Annual report of lunatic asylums [Bombay] - 1912-1922
Year: 1912
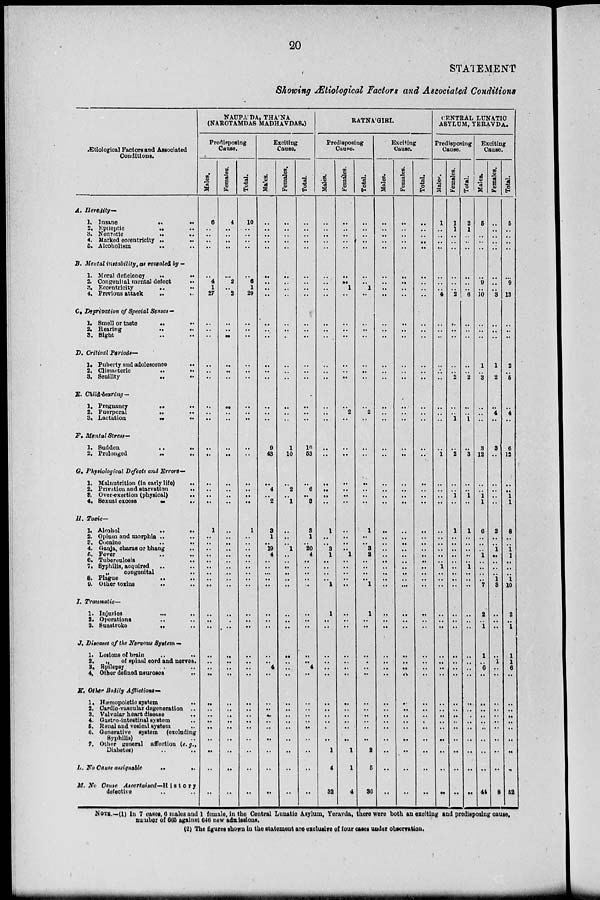
20
STATEMENT
Showing Ætiological Factors and Associated Conditions
Ætiological Factors and Associated
Conditions.
A.
B.
C.
D.
E.
F.
G.
H.
I.
J.
K.
L.
M.
Heredity—
1. Insane
..
..
2. Epileptic
..
..
3. Neurotic
..
..
4. Marked eccentricity ..
..
5. Alcoholism
..
..
Mental instability, as revealed by —
1. Moral deficiency
..
..
2. Congenital mental defect ..
3. Eccentricity
.. ..
4. Previous attack
..
..
Deprivation of Special Senses —
1. Smell or taste
..
..
2. Hearing
..
..
3. Sight .. ..
Critical Periods—
1. Puberty and adolescence ..
2. Climacteric
..
..
3. Senility
..
..
Child-bearing—
1. Pregnancy
..
..
2. Puerperal
..
..
3. Lactation
..
..
Mental Stress—
1. Sudden
..
..
2. Prolonged
..
..
Physiological Defects and Errors—
1. Malnutrition (in early life) ..
2. Privation and starvation
..
3. Overexertion (physical)
..
4. Sexual excess
..
..
Toxic—
1. Alcohol
..
..
2. Opium and morphia .. ..
3. Cocaine .. ..
4. Ganja, charas or bhang ..
5. Fever .. ..
6. Tuberculosis ..
7. Syphilis, acquired .. ..
„
congenital ..
8. Plague
..
..
9. Other toxins
..
..
Traumatic—
1. Injuries ... ..
2. Operations .. ..
3. Sunstroke
..
..
Diseases of the Nervous System-
1. Lesions of brain
..
..
2.
„
of spinal cord and nerves.
3. Epilepsy ..
4. Other defined neuroses
..
Other Bodily Afflictions—
1. Hæmopoietic system
..
2. Cardio-vascular degeneration ..
3. Valvular heart disease
..
4. Gastro-intestinal system ..
5. Renal and vesical system
..
6. Generative system (excluding
Syphilis) ..
7. Other general affection (e.g.,
Diabetes)
..
..
No Cause assignable
..
..
No Cause
Ascertained—History
defective .. ..
NAUPA'DA, THA'NA
(NAROTAMDAS MADHAVDAS.)
Predisposing
Cause.
Males.
6
..
..
..
..
..
4
1
27
..
..
..
..
..
..
..
..
..
..
..
..
..
..
..
1
..
..
..
..
..
..
..
..
..
..
..
..
..
..
..
..
..
..
..
..
..
..
..
..
..
Females.
4
..
..
..
..
..
2
..
2
..
..
..
..
..
..
..
..
..
..
..
..
..
..
..
..
..
..
..
..
..
..
..
..
..
..
..
..
..
..
..
..
..
..
..
..
..
..
..
..
..
Total.
10
..
..
..
..
..
6
1
29
..
..
..
..
..
..
..
..
..
..
..
..
..
..
..
1
..
..
..
..
..
..
..
..
..
..
..
..
..
..
..
..
..
..
..
..
..
..
..
..
..
Exciting
Cause.
Males.
..
..
..
..
..
..
..
..
..
..
..
..
..
..
..
..
..
..
9
43
..
4
..
2
3
1
..
19
4
..
..
..
..
..
..
..
..
..
..
4
..
..
..
..
..
..
..
..
..
..
Females.
..
..
..
..
..
..
..
..
..
..
..
..
..
..
..
..
..
..
1
10
..
2
..
1
..
..
..
1
..
..
..
..
..
..
..
..
..
..
..
..
..
..
..
..
..
..
..
..
..
..
Total.
..
..
..
..
..
..
..
..
..
..
..
..
..
..
..
..
..
..
10
53
..
6
..
3
3
1
..
20
4
..
..
..
..
..
..
..
..
..
..
4
..
..
..
..
..
..
..
..
..
..
RATNA'GIRI.
Predisposing
Cause.
Males.
..
..
..
..
..
..
..
..
..
..
..
..
..
..
..
..
..
..
..
..
..
..
..
..
1
..
..
3
1
..
..
..
..
1
1
..
..
..
..
..
..
..
..
..
..
..
..
1
4
32
Females.
..
..
..
..
..
..
..
1
..
..
..
..
..
..
..
..
2
..
..
..
..
..
..
..
..
..
..
..
1
..
..
..
..
..
..
..
..
..
..
..
..
..
..
..
..
..
..
1
1
4
Total.
..
..
..
..
..
..
..
1
..
..
..
..
..
..
..
..
2
..
..
..
..
..
..
..
1
..
..
3
2
..
..
..
..
1
1
..
..
..
..
..
..
..
..
..
..
..
..
2
5
36
Exciting
Cause.
Males.
..
..
..
..
..
..
..
..
..
..
..
..
..
..
..
..
..
..
..
..
..
..
..
..
..
..
..
..
..
..
..
..
..
..
..
..
..
..
..
..
..
..
..
..
..
..
..
..
..
..
Females.
..
..
..
..
..
..
..
..
..
..
..
..
..
..
..
..
..
..
..
..
..
..
..
..
..
..
..
..
..
..
..
..
..
..
..
..
..
..
..
..
..
..
..
..
..
..
..
..
..
..
Total.
..
..
..
..
..
..
..
..
..
..
..
..
..
..
..
..
..
..
..
..
..
..
..
..
..
..
..
..
..
..
..
..
..
..
..
..
..
..
..
..
..
..
..
..
..
..
..
..
..
..
CENTRAL LUNATIC
ASYLUM, YERAVDA.
Predisposing
Cause.
Males.
1
..
..
..
..
..
..
..
4
..
..
..
..
..
..
..
..
..
..
1
..
..
..
..
..
..
..
..
..
..
1
..
..
..
..
..
..
..
..
..
..
..
..
..
..
..
..
..
..
..
Females.
1
1
..
..
..
..
..
..
2
..
..
..
..
..
2
..
..
1
..
2
..
..
1
..
1
..
..
..
..
..
..
..
..
..
..
..
..
..
..
..
..
..
..
..
..
..
..
..
..
..
Total.
2
1
..
..
..
..
..
..
6
..
..
..
..
..
2
..
..
1
..
3
..
..
1
..
1
..
..
..
..
..
1
..
..
..
..
..
..
..
..
..
..
..
..
..
..
..
..
..
..
..
Exciting
Cause.
Males.
5
..
..
..
..
..
9
..
10
..
..
..
1
..
3
..
..
..
3
12
..
..
1
1
6
..
..
..
1
..
..
..
..
7
2
..
1
1
..
6
..
..
..
..
..
..
..
..
..
44
Females.
..
..
..
..
..
..
..
..
3
..
..
..
1
..
2
..
4
..
3
..
..
..
..
..
2
..
..
1
..
..
..
..
1
3
..
..
..
..
1
..
..
..
..
..
..
..
..
..
..
8
Total.
5
..
..
..
..
..
9
..
13
..
..
..
2
..
5
..
4
..
6
12
..
..
1
1
8
..
..
1
1
..
..
..
1
10
2
..
1
1
1
1
6
..
..
..
..
..
..
..
..
..
52
NOTE.—(1) In 7 cases, 6 males and 1 female, in the Central Lunatic Asylum, Yeravda, there were both an exciting and predisposing cause,
number of 665 against 646 new admissions.
(2) The figures shown in the statement are exclusive of four cases under observation.